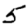
Digit: 5